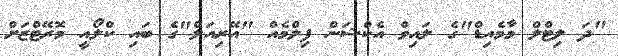
"ދަ ލިޓްލް މާމެއިޑް"ގެ ލައިވް އެކްޝަން ފިލްމެއް "އޭރިއަލް"ގެ ބައި ކްލޯއީ މޮރޭޓްޒަށް